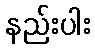
နည်းပါး